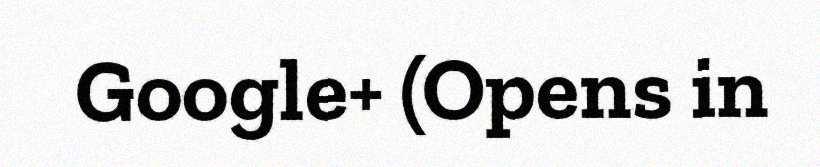
Google+ (Opens in